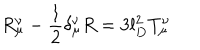
R _ { \mu } ^ { \nu } - \frac { 1 } { 2 } \delta _ { \mu } ^ { \nu } R = 3 l _ { D } ^ { 2 } T _ { \mu } ^ { \nu }